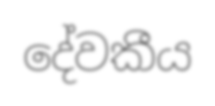
දේවකීය